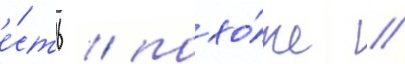
е́сть / похо́же /